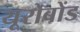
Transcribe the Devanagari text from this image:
यूरोबोंड